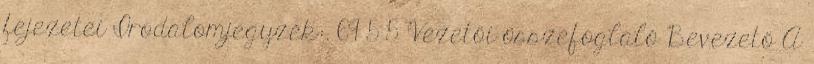
fejezetei Irodalomjegyzék:. 69 5 5 Vezetői összefoglaló Bevezető A